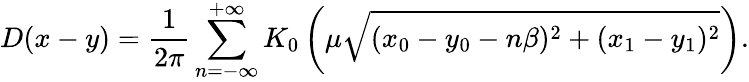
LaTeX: D(x-y)=\frac{1}{2\pi}\sum_{n=-\infty}^{+\infty}K_{0}\left(\mu\sqrt{(x_{0}-y_{0}-n\beta)^{2}+(x_{1}-y_{1})^{2}}\right).